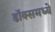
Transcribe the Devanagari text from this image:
डॉक्समध्ये